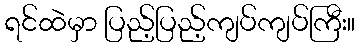
ရင်ထဲမှာ ပြည့်ပြည့်ကျပ်ကျပ်ကြီး။